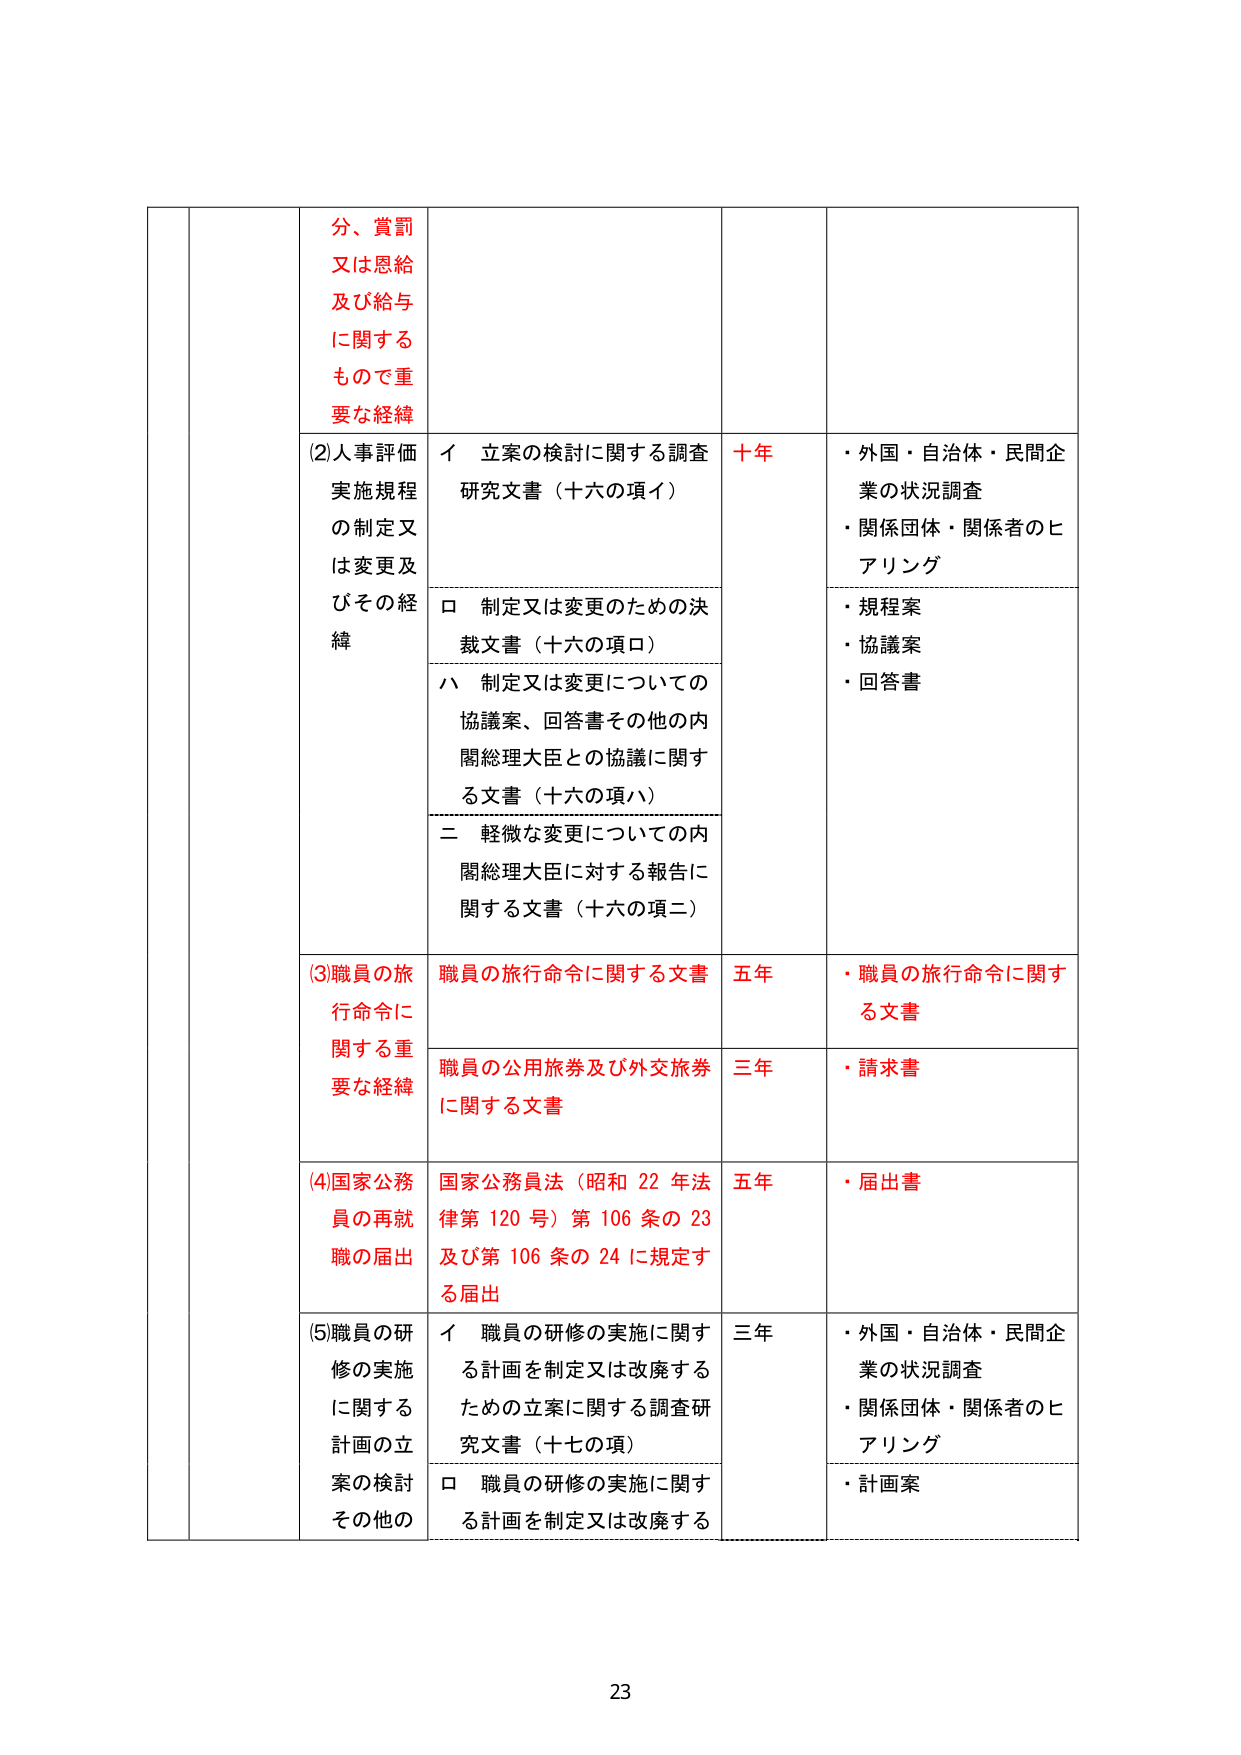
分、賞罰
又は恩給
及び給与
に関する
もので重
要な経緯

(2)人事評価
実施規程
の制定又
は変更及
びその経
緯

イ 立案の検討に関する調査
研究文書（十六の項イ）

ロ 制定又は変更のための決
裁文書（十六の項ロ）

ハ 制定又は変更についての
協議案、回答書その他の内
閣総理大臣との協議に関す
る文書（十六の項ハ）

二 軽微な変更についての内
閣総理大臣に対する報告に
関する文書（十六の項二）

十年

・外国・自治体・民間企
業の状況調査
・関係団体・関係者のヒ
アリング

・規程案
・協議案
・回答書

(3)職員の旅
行命令に
関する重
要な経緯

職員の旅行命令に関する文書
五年
・職員の旅行命令に関す
る文書

職員の公用旅券及び外交旅券
に関する文書
三年
・請求書

(4)国家公務
員の再就
職の届出

国家公務員法（昭和 22 年法
律第 120 号）第 106 条の 23
及び第 106 条の 24 に規定す
る届出
五年
・届出書

(5)職員の研
修の実施
に関する
計画の立
案の検討
その他の

イ 職員の研修の実施に関す
る計画を制定又は改廃する
ための立案に関する調査研
究文書（十七の項）

ロ 職員の研修の実施に関す
る計画を制定又は改廃する
三年

・外国・自治体・民間企
業の状況調査
・関係団体・関係者のヒ
アリング
・計画案

23